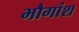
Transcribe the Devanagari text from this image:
भौगांश